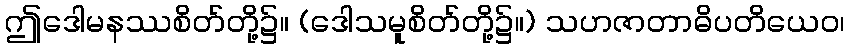
ဤဒေါမနဿစိတ်တို့၌။ (ဒေါသမူစိတ်တို့၌။) သဟဇာတာဓိပတိယေဝ၊